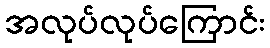
အလုပ်လုပ်ကြောင်း